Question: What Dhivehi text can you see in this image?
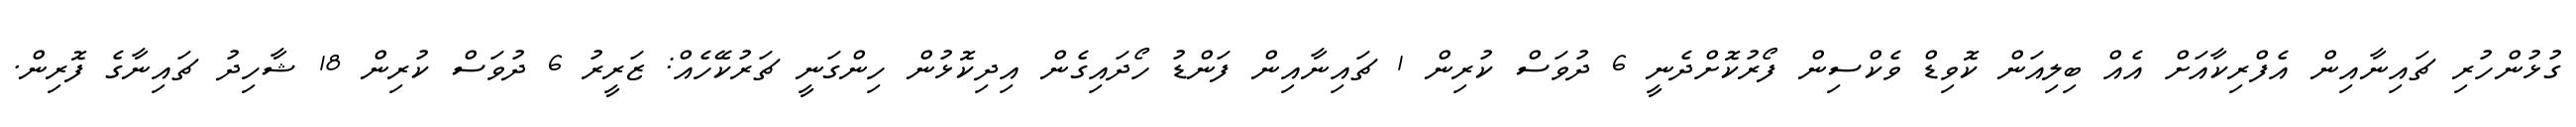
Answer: ގުޅުންހުރި ޗައިނާއިން އެފްރިކާއަށް އެއް ބިލިއަން ކޮވިޑް ވެކްސިން ފޯރުކޮށްދެނީ 6 ދުވަސް ކުރިން 1 ޗައިނާއިން ފަންޑު ހޯދައިގެން އިދިކޮޅުން ހިންގަނީ ޗަރުކޭހެއް: ޒަރީރު 6 ދުވަސް ކުރިން 18 ޝާހިދު ޗައިނާގެ ފޮރިން.